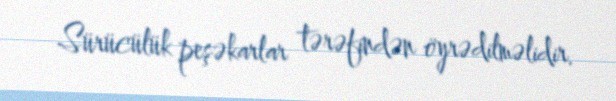
Sürücülük peşəkarlar tərəfindən öyrədilməlidir.